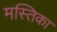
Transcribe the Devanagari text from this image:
मस्तिका